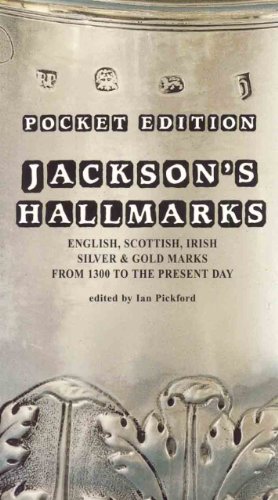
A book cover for Pocket Edition Jackson's Hallmarks; Crafts, Hobbies & Home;